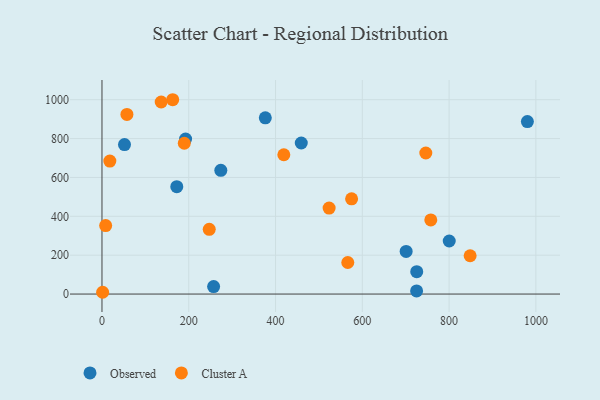
{"axis": {"x": "Ad Spend", "y": "Profit"}, "legend": ["Cluster A", "Observed"], "data": [{"x": "376.4", "y": 906.5, "type": "Observed"}, {"x": "725.1", "y": 15.9, "type": "Observed"}, {"x": "800.3", "y": 272.9, "type": "Observed"}, {"x": "192.7", "y": 797.2, "type": "Observed"}, {"x": "701.0", "y": 219.4, "type": "Observed"}, {"x": "51.9", "y": 768.9, "type": "Observed"}, {"x": "725.4", "y": 115.4, "type": "Observed"}, {"x": "257.3", "y": 38.5, "type": "Observed"}, {"x": "273.9", "y": 636.7, "type": "Observed"}, {"x": "172.4", "y": 552.5, "type": "Observed"}, {"x": "980.4", "y": 887.6, "type": "Observed"}, {"x": "459.3", "y": 777.2, "type": "Observed"}, {"x": "57.5", "y": 924.2, "type": "Cluster A"}, {"x": "163.0", "y": 999.8, "type": "Cluster A"}, {"x": "523.5", "y": 442.4, "type": "Cluster A"}, {"x": "575.3", "y": 490.1, "type": "Cluster A"}, {"x": "8.5", "y": 352.1, "type": "Cluster A"}, {"x": "757.8", "y": 381.5, "type": "Cluster A"}, {"x": "1.5", "y": 9.2, "type": "Cluster A"}, {"x": "566.5", "y": 162.4, "type": "Cluster A"}, {"x": "136.5", "y": 988.1, "type": "Cluster A"}, {"x": "419.1", "y": 716.6, "type": "Cluster A"}, {"x": "247.2", "y": 333.3, "type": "Cluster A"}, {"x": "848.5", "y": 197.0, "type": "Cluster A"}, {"x": "18.1", "y": 684.4, "type": "Cluster A"}, {"x": "746.3", "y": 725.8, "type": "Cluster A"}, {"x": "189.7", "y": 776.0, "type": "Cluster A"}]}